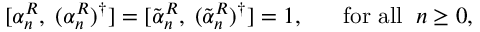
[ \alpha _ { n } ^ { R } , \; ( \alpha _ { n } ^ { R } ) ^ { \dag } ] = [ \tilde { \alpha } _ { n } ^ { R } , \; ( \tilde { \alpha } _ { n } ^ { R } ) ^ { \dag } ] = 1 , \; \; \; \; \; \; \mathrm { f o r ~ a l l } \; \; n \geq 0 ,